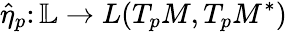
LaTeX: \widehat{\eta}_{p}\colon\mathbb L\to L(T_{p}M,T_{p}M^{*})